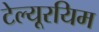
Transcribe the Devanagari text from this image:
टेल्यूरयिम